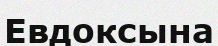
Евдоксына